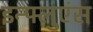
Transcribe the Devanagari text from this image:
इन्फ्लुएंस